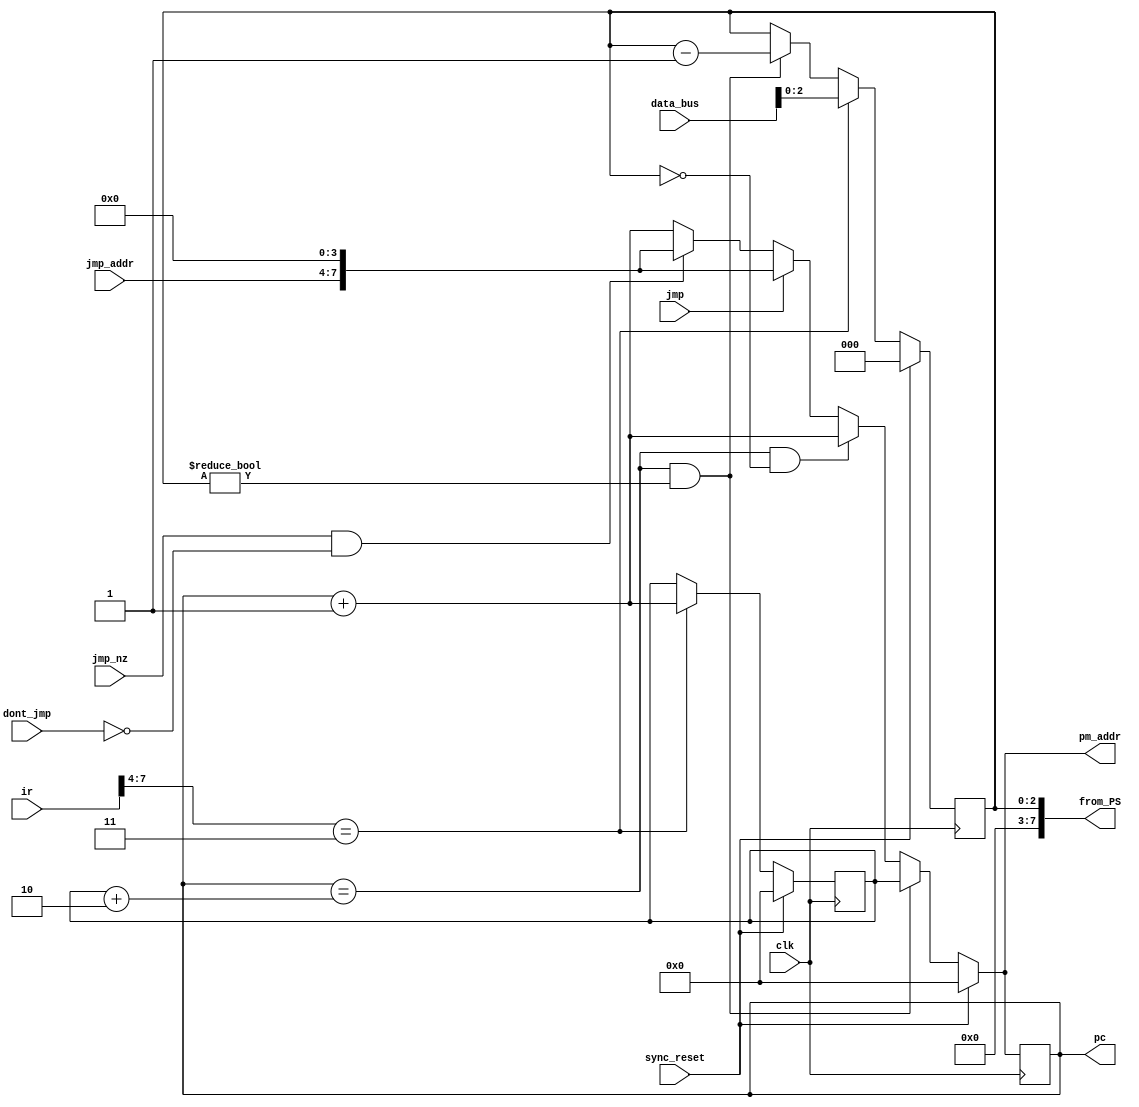
module program_sequencer_Q10(clk, sync_reset, pm_addr, jmp, jmp_nz, jmp_addr, dont_jmp, 
								pc, from_PS, ir, data_bus);
input clk, sync_reset, jmp,jmp_nz, dont_jmp;
input [3:0] jmp_addr, data_bus;
input [7:0] ir;
output reg [7:0] pc, pm_addr, from_PS;

reg [2:0] loop_count;
reg [7:0] start_addr, end_addr;

always @ (posedge clk)
if (sync_reset)
	loop_count = 8'd0;
else if (ir[7:4] == 4'd3)
	loop_count = data_bus;
else if ((pc == end_addr) && (loop_count != 3'd0))
	loop_count = loop_count - 8'd1;
else
	loop_count = loop_count;
	
always @ (posedge clk)
if (sync_reset)
	start_addr = 8'd0;
else if (ir[7:4] == 4'd3)
	start_addr = pc + 8'd1;
else
	start_addr = start_addr;
	
always @ *
end_addr = start_addr + 8'd2;

always @ *
from_PS = {4'h0, loop_count};

always @ (posedge clk)
pc <= pm_addr;

always @ *
if (sync_reset == 1'b1)
	pm_addr <= 8'h00;
else if ((pc == end_addr) && (loop_count != 8'd0))
	pm_addr <= start_addr;
else if ((pc == end_addr) && (loop_count == 8'd0))
	pm_addr <= pc + 8'd1;
else if (jmp == 1'b1)
	pm_addr <= {jmp_addr,4'h0};
else if ((jmp_nz == 1'b1) && (dont_jmp == 1'b0))
	pm_addr <= {jmp_addr,4'h0};
else
	pm_addr <= pc + 8'b1;

endmodule